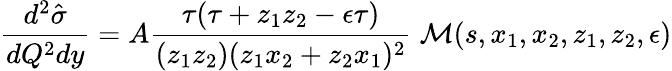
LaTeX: \frac{d^{2}\hat{\sigma}}{dQ^{2}dy}=A\frac{\tau(\tau+z_{1}z_{2}-\epsilon\tau)}{(z_{1}z_{2})(z_{1}x_{2}+z_{2}x_{1})^{2}}\; {\mathcal{M}}(s,x_{1},x_{2},z_{1},z_{2},\epsilon)